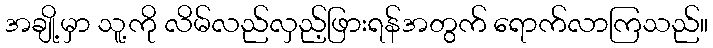
အချို့မှာ သူ့ကို လိမ်လည်လှည့်ဖြားရန်အတွက် ရောက်လာကြသည်။